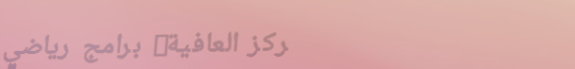
مركز العافية: برامج رياضي